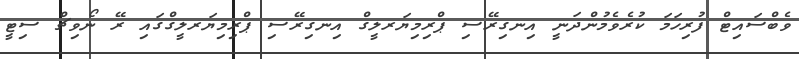
ވެބްސައިޓް ފުރިހަމަ ކުރެވެމުންދަނީ އިނގިރޭސި ޕްރިމިޔަރލީގް އިނގިރޭސި ޕްރިމިޔަރލީގްގައި ރޭ ނޯވިޗް ސިޓީ